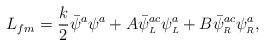
LaTeX: \begin{align*}L_{fm}=\frac{k}{2}\bar{\psi}^a\psi^a+A\bar{\psi}^{ac}_{\scriptscriptstyle L}\psi^{a}_{\scriptscriptstyle L}+B\bar{\psi}^{ac}_{\scriptscriptstyle R}\psi^{a}_{\scriptscriptstyle R},\end{align*}